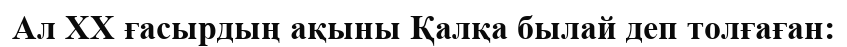
Ал XX ғасырдың ақыны Қалқа былай деп толғаған: